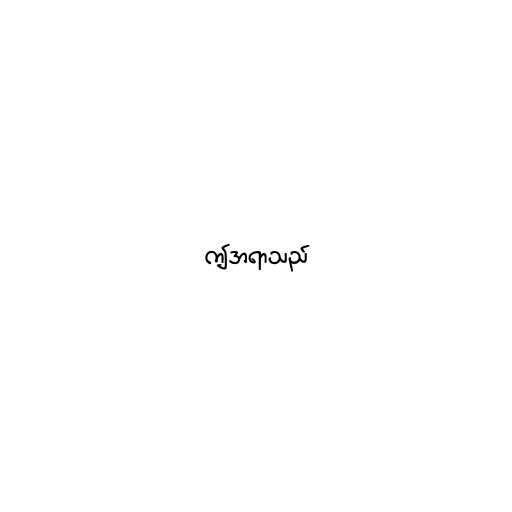
ဤအရာသည်